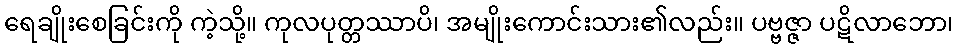
ရေချိုးစေခြင်းကို ကဲ့သို့။ ကုလပုတ္တဿာပိ၊ အမျိုးကောင်းသား၏လည်း။ ပဗ္ဗဇ္ဇာ ပဋိလာဘော၊